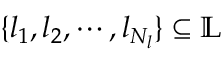
\{ l _ { 1 } , l _ { 2 } , \cdots , l _ { N _ { l } } \} \subseteq { \mathbb { L } }